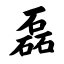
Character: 磊